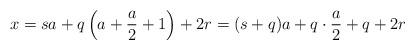
LaTeX: \begin{align*}x & = sa + q \left(a + \frac{a}{2} + 1 \right) + 2 r = (s+q)a + q \cdot \frac{a}{2} + q + 2 r \end{align*}